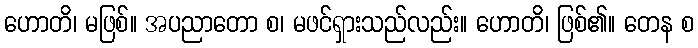
ဟောတိ၊ မဖြစ်။ အပညာတော စ၊ မဖင်ရှားသည်လည်း။ ဟောတိ၊ ဖြစ်၏။ တေန စ